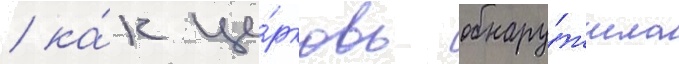
/ ка́к це́рковь обнару́жила